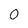
Character: 0